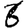
Digit: 6